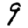
Digit: 9